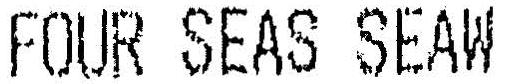
FOUR SEAS SEAW